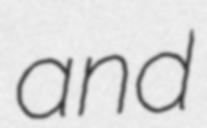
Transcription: and